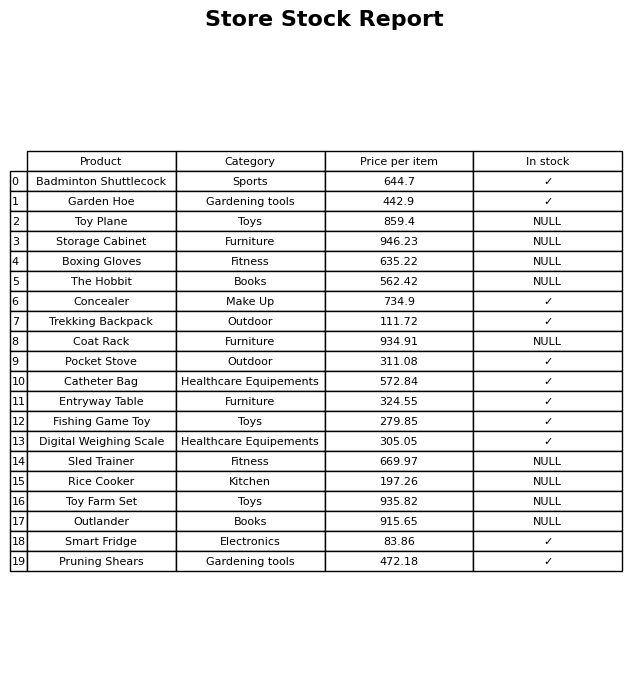
question: Is the Sled Trainer in stock?
answer: NULL